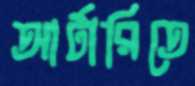
আর্টারিতে